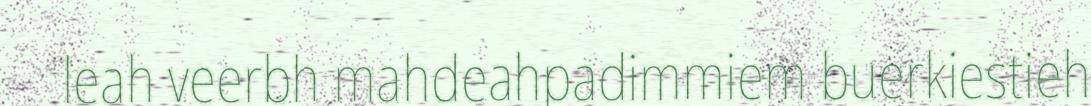
leah veerbh mahdeahpadimmiem buerkiestieh